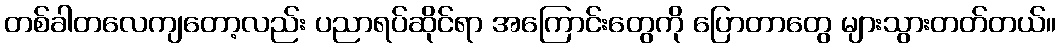
တစ်ခါတလေကျတော့လည်း ပညာရပ်ဆိုင်ရာ အကြောင်းတွေကို ပြောတာတွေ များသွားတတ်တယ်။